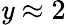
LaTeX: \mathit{y}\approx2